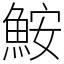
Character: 鮟